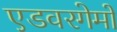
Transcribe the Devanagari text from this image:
एडवरगेमों